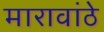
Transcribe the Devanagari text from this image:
मारावांठे